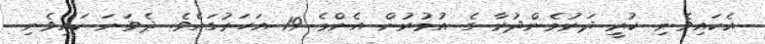
އެކައިވެނި ކުރީ ދަރުމެންދުރާ ގެ އުމުރުން އެންމެ 19 އަހަރުގައެވެ. ދެވަނަ ކައިވެނި